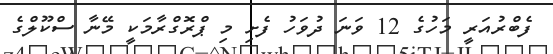
ފެބްރުއަރީ މަހުގެ 12 ވަނަ ދުވަހު ފެށި މި ޕްރޮގްރާމަކީ މޭނާ ސްކޫލްގެ